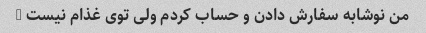
من نوشابه سفارش دادن و حساب کردم ولی توی غذام نیست …